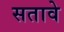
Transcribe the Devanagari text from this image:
सतावे